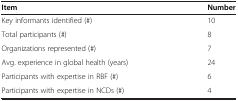
| Item | Number |
 | --- | --- |
 | Key informants identified (#) | 10 |
 | Total participants (#) | 8 |
 | Organizations represented (#) | 7 |
 | Avg. experience in global health (years) | 24 |
 | Participants with expertise in RBF (#) | 6 |
 | Participants with expertise in NCDs (#) | 4 |